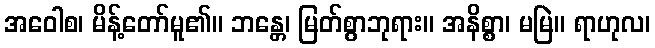
အဝေါစ၊ မိန့်တော်မူ၏။ ဘန္တေ၊ မြတ်စွာဘုရား။ အနိစ္စာ၊ မမြဲ။ ရာဟုလ၊